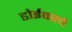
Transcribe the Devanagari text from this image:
डोईवरचे